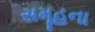
સમૂહના